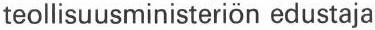
teollisuusministeriön edustaja